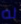
له